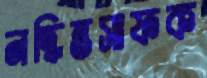
নদ্ধিন্তসাফক